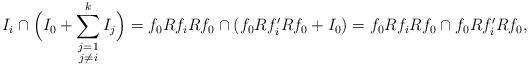
LaTeX: \begin{align*}I_i \cap \Big(I_0 +\sum_{\substack{j=1 \\ j \neq i}}^k I_j\Big) &=f_0Rf_iRf_0 \cap (f_0Rf_i'Rf_0+I_0) =f_0Rf_iRf_0 \cap f_0Rf_i'Rf_0,\end{align*}